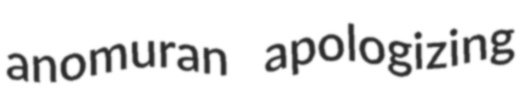
anomuran apologizing